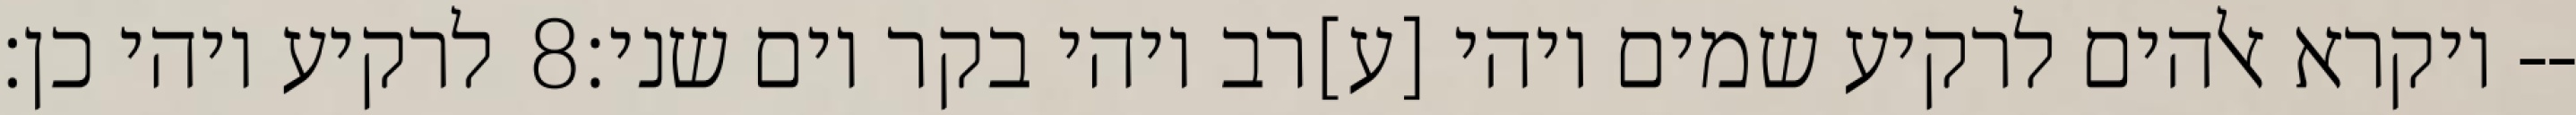
לרקיע ויהי כן׃ ‎8‏ ויקרא אלהים לרקיע שמים ויהי [ע]רב ויהי בקר יום שני׃--